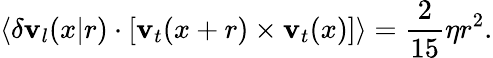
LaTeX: \langle\delta\mathbf{v}_{l}(x|r)\cdot[\mathbf{v}_{t}(x+r)\times\mathbf{v}_{t}(x)]\rangle=\frac{2}{15}\eta r^{2}.